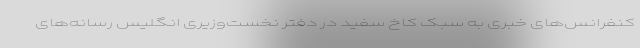
کنفرانس‌های خبری به سبک کاخ سفید در دفتر نخست‌وزیری انگلیس رسانه‌های